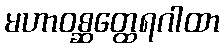
မဟာဝစ္ဆတ္ထေရဂါထာ